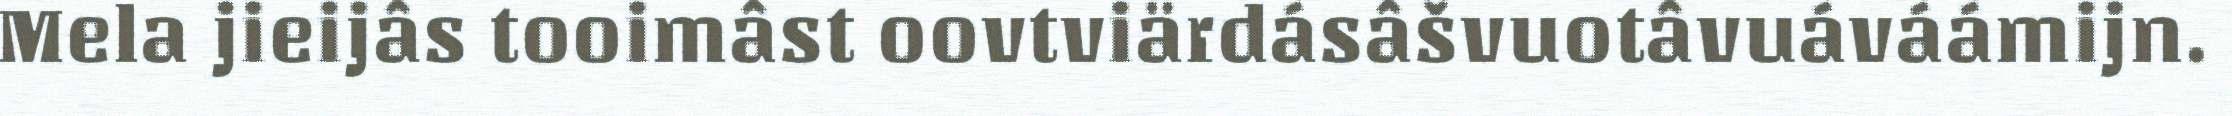
Mela jieijâs tooimâst oovtviärdásâšvuotâvuáváámijn.